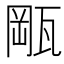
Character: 𤭛